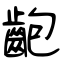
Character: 齙